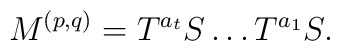
M^{(p,q)}=T^{a_{t}}S\ldots T^{a_{1}}S.